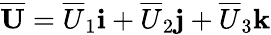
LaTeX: \mathbf{\overline{{U}}}=\overline{{U}}_{1}\mathbf{i}+\overline{{U}}_{2}\mathbf{j}+\overline{{U}}_{3}\mathbf{k}